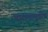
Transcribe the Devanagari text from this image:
बसण्यापूर्वीच